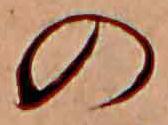
の